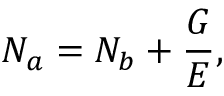
N _ { a } = N _ { b } + \frac { G } { E } ,